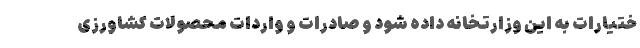
ختیارات به این وزارتخانه داده شود و صادرات و واردات محصولات کشاورزی